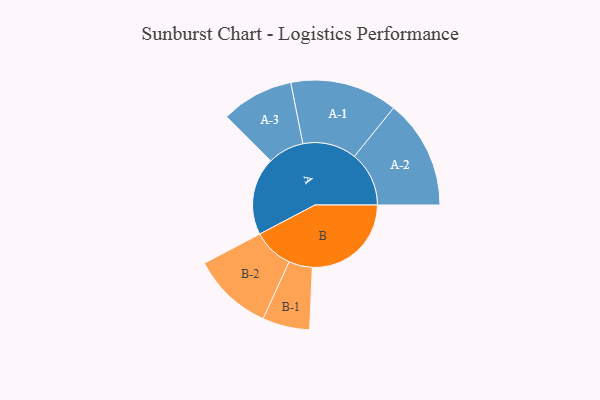
{"axis": {"x": "Segment", "y": "Value"}, "legend": ["", "A", "B"], "data": [{"x": "A", "y": 356, "type": ""}, {"x": "B", "y": 453, "type": ""}, {"x": "A-1", "y": 246, "type": "A"}, {"x": "A-2", "y": 250, "type": "A"}, {"x": "A-3", "y": 166, "type": "A"}, {"x": "B-1", "y": 108, "type": "B"}, {"x": "B-2", "y": 185, "type": "B"}]}